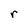
Character: r